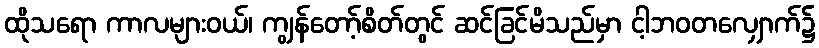
ထိုသရော ကာလများဝယ်၊ ကျွန်တော့်စိတ်တွင် ဆင်ခြင်မိသည်မှာ ငါ့ဘဝတလျှောက်၌